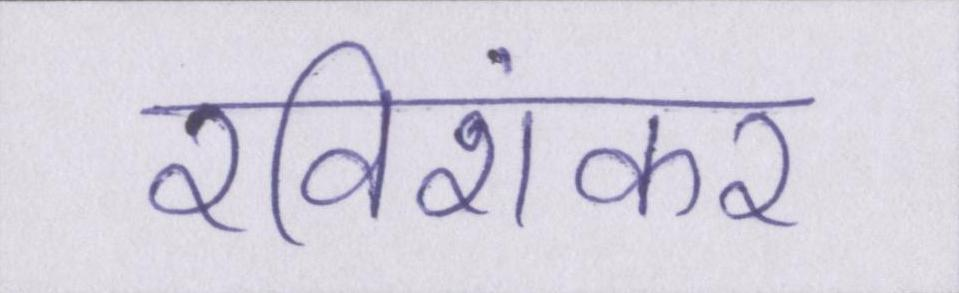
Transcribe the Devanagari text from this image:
रविशंकर